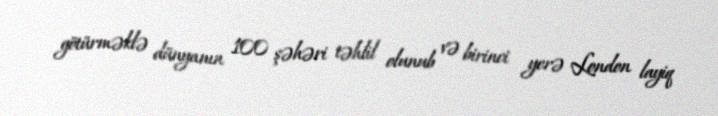
götürməklə dünyanın 100 şəhəri təhlil olunub və birinci yerə London layiq